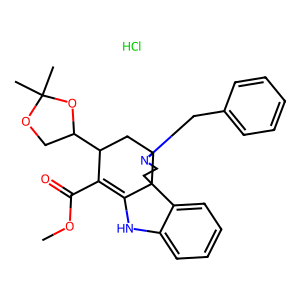
SMILES: COC(=O)C1=C2Nc3ccccc3C23CCN(Cc2ccccc2)C3CC1C1COC(C)(C)O1.Cl
Inhibits HIV replication: No